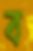
ব